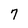
Character: 7